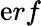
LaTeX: \mathrm{e}rf